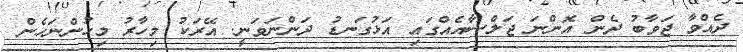
ދެއްވާ ޖަވާބު ދެން އޮންނަ ޖަލްސާއެއްގައި އަޅުގަނޑު ދަންނަވަނީ. އޭރަކު މިހާރު މިހުންނަހެން